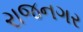
રાજનગર